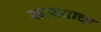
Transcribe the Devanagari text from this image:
सत्यवाचा